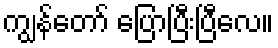
ကျွန်တော် ပြောပြီးပြီလေ။